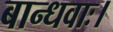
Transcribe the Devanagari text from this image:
बान्धवाः।